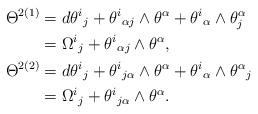
LaTeX: \begin{align*}\Theta^{2(1)}&=d\theta^i{}_j+\theta^i{}_{\alpha j}\wedge\theta^\alpha+\theta^i{}_\alpha\wedge\theta^\alpha_j\\*&=\Omega^i{}_j+\theta^i{}_{\alpha j}\wedge\theta^\alpha,\\*\Theta^{2(2)}&=d\theta^i{}_j+\theta^i{}_{j\alpha}\wedge\theta^\alpha+\theta^i{}_\alpha\wedge\theta^\alpha{}_j\\*&=\Omega^i{}_j+\theta^i{}_{j\alpha}\wedge\theta^\alpha.\end{align*}